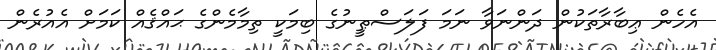
އެހެން ޢިބާރާތަކުން ދަންނަވާ ނަމަ ފަލަސްޠީނުގެ ބިމަކީ ތިމާމެންގެ ޙައްޤެއް ކަމަށް އެއުރެން